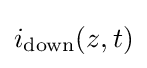
i_{\text{down}}(z,t)